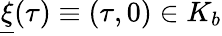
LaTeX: \underline{{\xi}}(\tau)\equiv\left(\tau,0\right)\in K_{b}